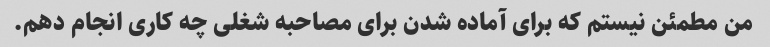
من مطمئن نیستم که برای آماده شدن برای مصاحبه شغلی چه کاری انجام دهم.